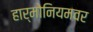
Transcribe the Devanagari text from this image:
हार्मोनियमवर